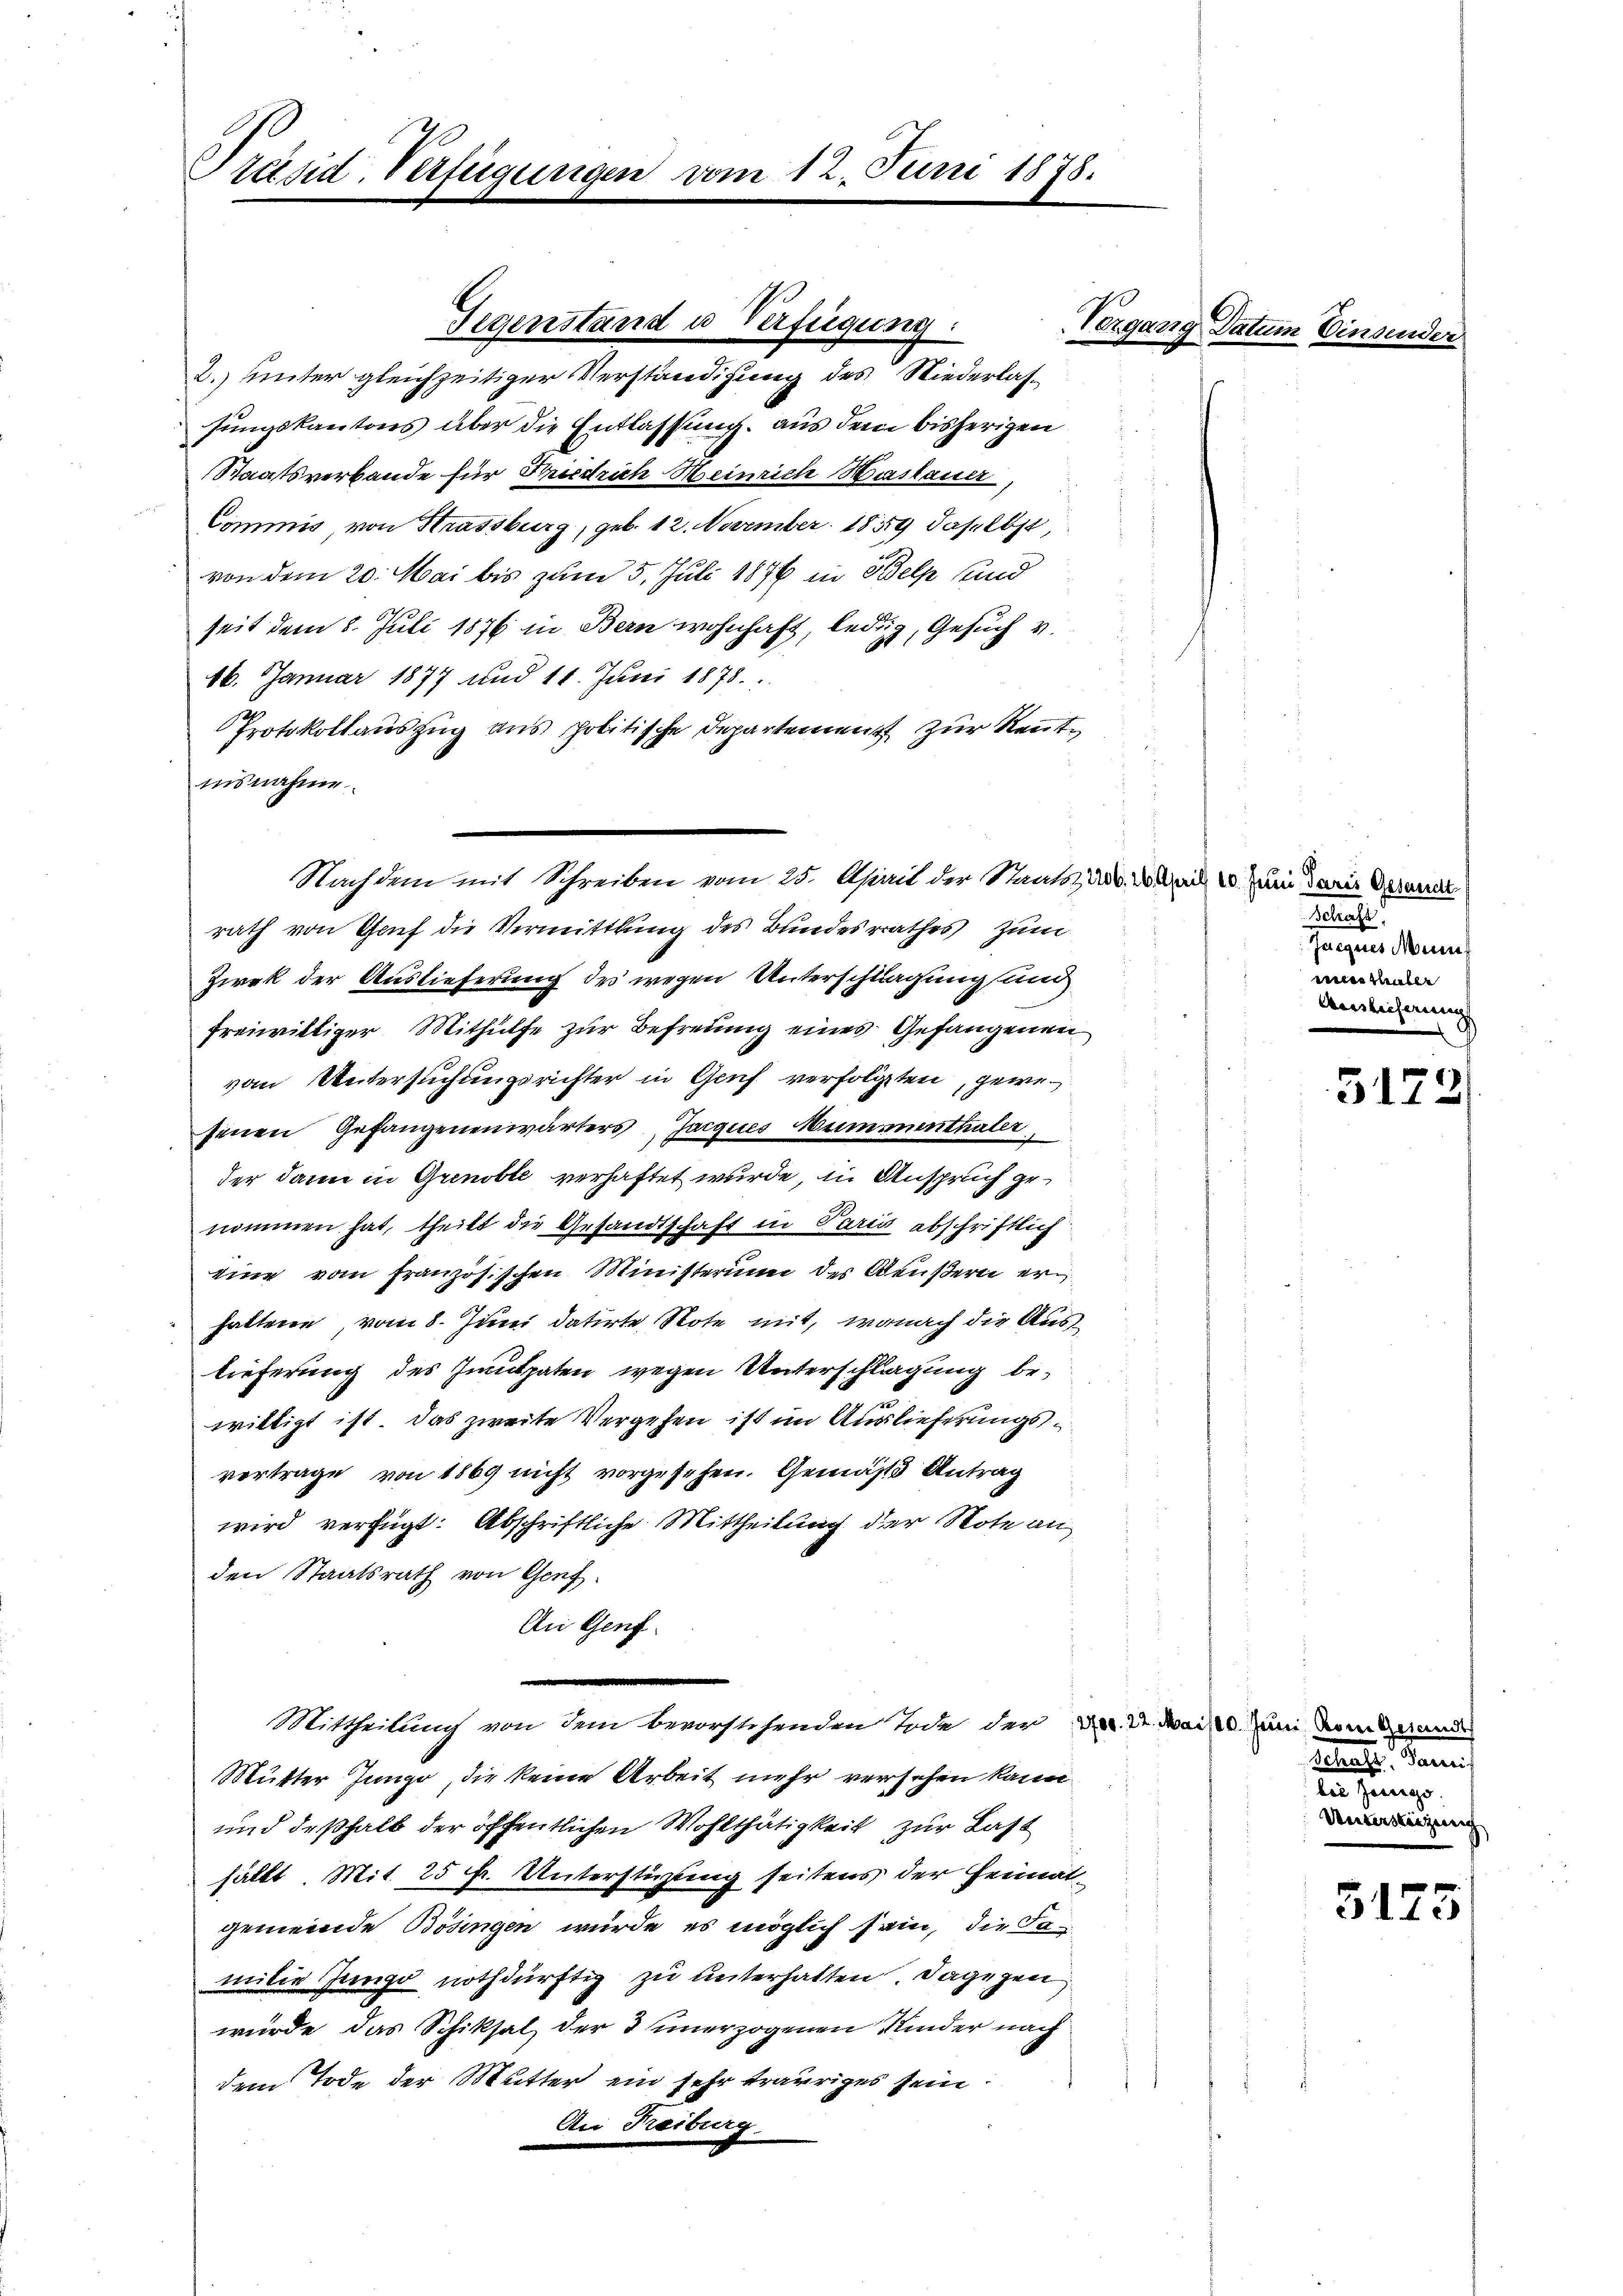
Präsid. Verfügungen

Gegenstand u Verfügung:
2. unter gleichzeitiger Verständigung des Niederlassungskantons über die Entlassung aus dem bisherigen
Staatsverbande für Friedrich Heinrich Haslauer,
Commis, von Strassburg, geb. 12. November 1889 daselbst,
von dem 20. Mai bis zum 5. Juli 1876 in Belp und
seit dem 8. Juli 1876 in Bern wohnhaft, ledig, Gesuch v.
16. Januar 1877 und 14. Juni 1878.
s
Protokollauszug aus politische Departement zur Reutinsnahme
rath von Gauf die Vermittlung des Bundesrathes zum
Zwek der Auslieferung des wegen Unterschlagung und
freiwilliger Mithülfe zur Befreung eines Gefangenen
vom Untersuchungsrichter in Genf verfolgten, gewefenen Gefangenenwärters Jacques Mummenthaler
der dann in Grenoble verhaftet wurde, in Anspruch genommen hat, theilt die Gesandtschaft in Paris abschriftlich
eine vom französischen Ministerium der Aeußern erhattene, vom 8. Juni datirte Note mit, wonach die Auslieferung des Imtpaten wegen Unterschlagung bewilligt ist. Das zweite Vergehen ist im Auslieferungsvertrage von 1869 nicht vorgesehen. Gemäß Antrag
wird verfügt: Abschriftliche Mittheilung der Note an
den Staatsrath von Genf.
An Genf.
Mittheilung von dem bevorstehenden Tode der Dr. d. Mais um dringerund
Mutter Jungo, die keine Arbeit mehr versehen kann
und deßhalb der öffentlichen Wohlthätigkeit zur Last
hällt. Mit 25 f. Unterstüzung seitens der Heimat-
gemeinde Bösingen wurde es möglich sein, die Fa-
milie Junge nothdürftig zu unterhalten. Dagegen
wurde, das Schiksal der 3 unerzogenen Kinder nach
dem Tode der Mutter ein sehr trauriges sein.
An Freiburg.

Nachdem mit Schreiben vom 25. April der Staats- und das 20. Juni daris Gesand

12. Juni 1878.

Vergang Datum Einsen

Beleuche
Jacques Mun
wer thuber
Auslichnung

5172)

aeter dann

Untersteigung

5175